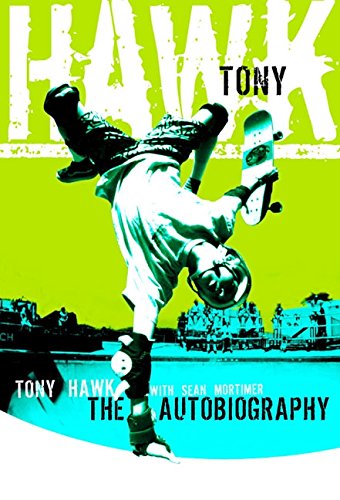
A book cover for Tony Hawk: Professional Skateboarder; Tony Hawk; Sports & Outdoors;